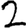
Digit: 2